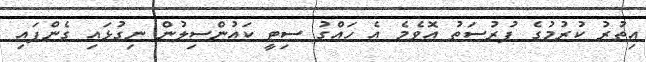
އިތުރު ކުރުމުގެ ފުރުސަތު އޮވެމެ އެ ހައްގު ސިޓީ ކައުންސިލުން ނިގުޅައި ގެންފައި